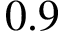
0 . 9